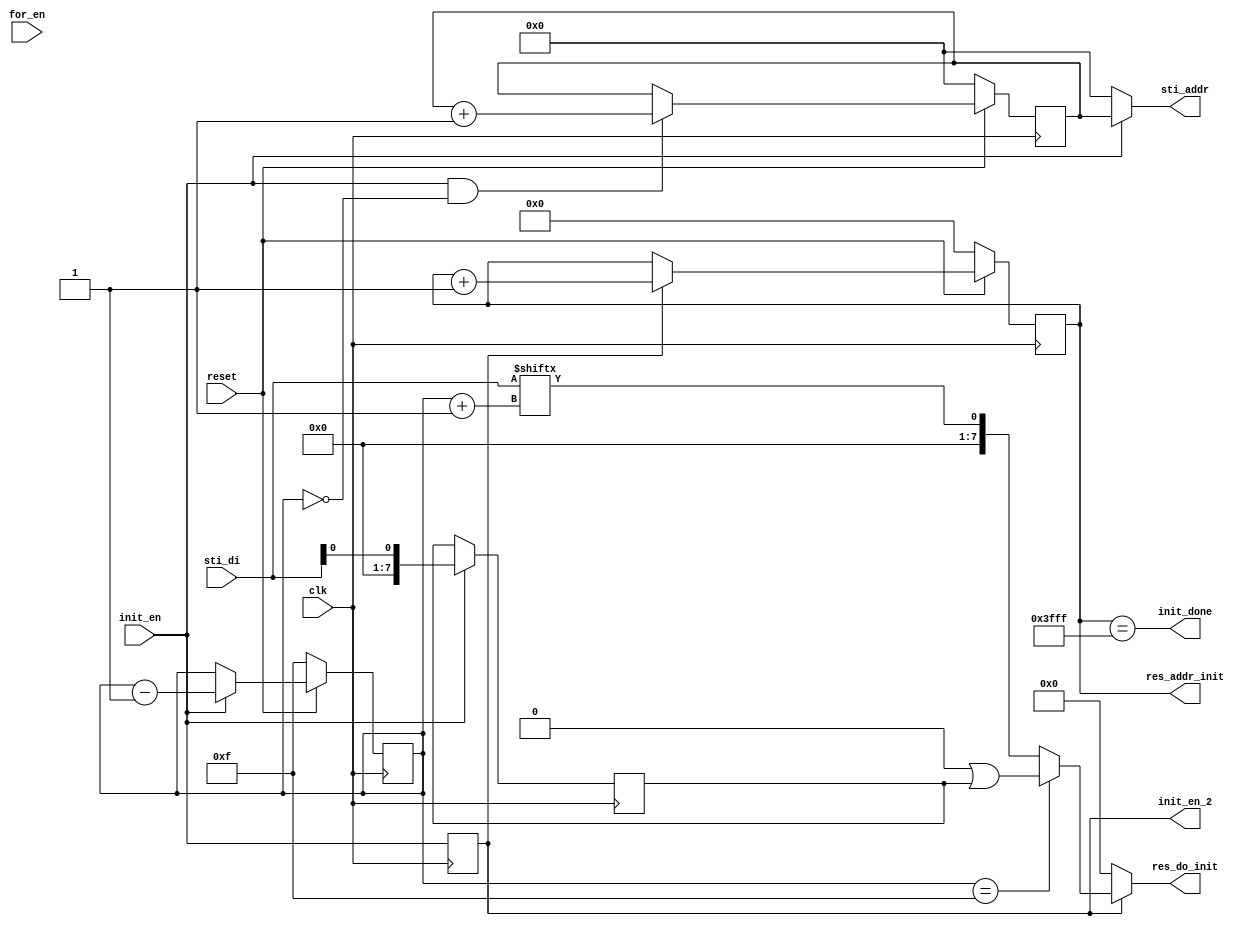
module init(
        input                   clk,
        input                   reset,
        input                   init_en,
        input                   for_en,
        output  reg             init_en_2,
        output                  init_done,
        output  reg     [9:0]   sti_addr ,
        input           [15:0]  sti_di,
        output  reg     [13:0]  res_addr_init ,
        output  reg     [7:0]   res_do_init
        );

        reg [9:0]       cnt_sti;  // count number of original image data.
        reg [3:0]       cnt_ini;  // count number of pixels of current sti_in.
        reg [13:0]      cnt_res;  // count number of result data input to res_ROM.
        reg [7:0]       sti_tmp15;
        wire [9:0]      sti_addr_tmp;


        assign  init_done = (cnt_res == 14'h3FFF);
        
        //Initialize
        always@(posedge clk)begin
                if(!reset)
                        cnt_ini <= 4'd15;
                else if(init_en)
                        cnt_ini <= cnt_ini - 1;  // count down.
        end

        always@(posedge clk)begin
                if(!reset)
                        cnt_sti <= 10'b0;
                else if(init_en && (cnt_ini == 4'd0))
                        cnt_sti <= cnt_sti + 1;
        end

        always@*begin
                if(init_en)
                        sti_addr = cnt_sti;
                else
                        sti_addr = 10'd0;
        end

        always@(posedge clk)begin
                if(init_en)
                        sti_tmp15 <= {6'b0, sti_di[0]};
        end
        
        //Initial output to res_RAM.
        always@(posedge clk)begin
                init_en_2 <= init_en;
        end

        always@(posedge clk)begin
                if(!reset)
                        cnt_res <= 14'b0;
                else if(init_en_2)
                        cnt_res <= cnt_res + 1;
        end

        always@*begin
                res_addr_init = cnt_res;
        end
        
        assign sti_addr_tmp = cnt_ini+1;
        
        always@*begin
                if(init_en_2)begin
                        if(cnt_ini == 4'hF)
                                res_do_init = 8'h00 | sti_tmp15;  // fix the sti_addr mismatch problem.
                        else
                                res_do_init = 8'h00 | {7'b0, sti_di[sti_addr_tmp]};  // write to ROM delay one cycle to read RAM.
                end
                else
                        res_do_init = 8'h00;
        end
endmodule